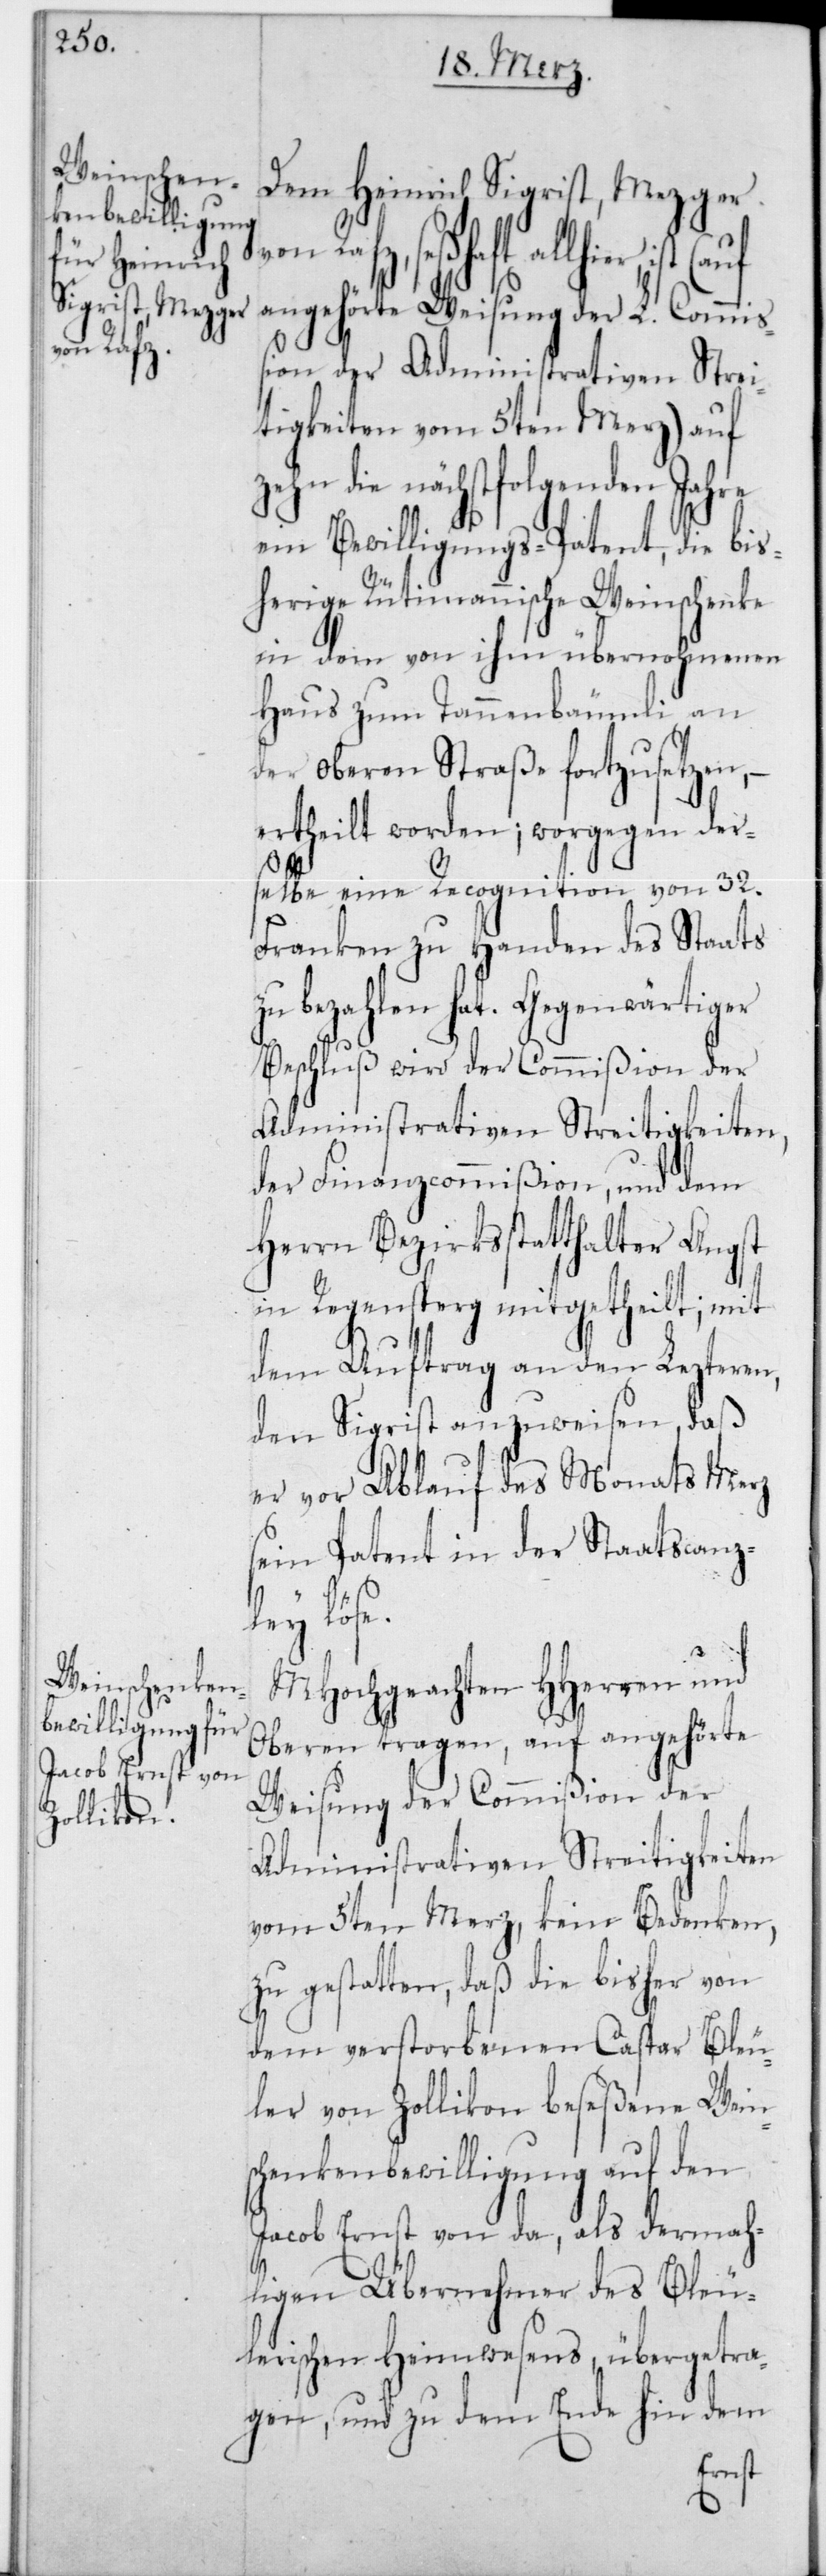
von Rafz,

Dem Heinrich Sigrist, Mezger
seßhaft allhier,
angehörte Weisung der L. Commiß¬
ion der Administrativen Strei¬
tigkeiten vom 5ten Merz) auf
zehn die nächstfolgenden Jahre
ein Bewilligungs-Patent, die bis¬
herige Rütimannische Weinschenke
in dem von ihm übernohmenen
Haus zum Tannenbäumli an
der oberen Straße fortzusetzen, –
ertheilt worden; worgegen ders¬
elbe eine Recognition von 32
Franken zu Handen des Staats
zu bezahlen hat. Gegenwärtiger
Beschluß wird der Commißion der
Administrativen Streitigkeiten,
der Finanzcommißion, und dem
Herrn Bezirksstatthalter Angst
in Regensperg mitgetheilt, mit
dem Auftrag an den Letzteren,
den Sigrist anzuweisen, daß
er vor Ablauf des Monats Merz
sein Patent in der Staatscanzl¬
ey löse.
MHochgeachten HHerren und
Oberen tragen, auf angehörte
Weisung der Commißion der
Administrativen Streitigkeiten
vom 5ten Merz, kein Bedenken,
zu gestatten, daß die bisher von
dem verstorbenen Caspar Bleu¬
ler von Zollikon beseßene Wein¬
schenkenbewilligung auf den
Jacob Ernst von da, als dermah¬
ligen Übernehmer des Bleu¬
lerischen Heimwesens, übertra¬
gen, und zu dem Ende hin dem
(auf